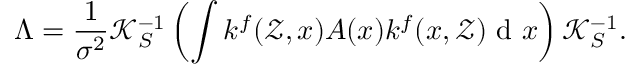
\Lambda = \frac { 1 } { \sigma ^ { 2 } } \mathcal { K } _ { S } ^ { - 1 } \left( \int k ^ { f } ( \mathcal { Z } , x ) A ( x ) k ^ { f } ( x , \mathcal { Z } ) \mathrm { ~ d ~ } x \right) \mathcal { K } _ { S } ^ { - 1 } .